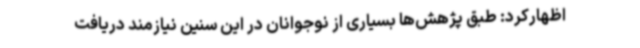
اظهارکرد: طبق پژهش‌ها بسیاری از نوجوانان در این سنین نیازمند دریافت